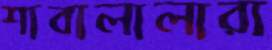
শাবালালারা